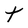
Character: t